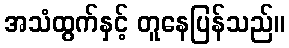
အသံထွက်နှင့် တူနေပြန်သည်။